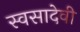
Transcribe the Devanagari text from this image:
स्वसादेवी